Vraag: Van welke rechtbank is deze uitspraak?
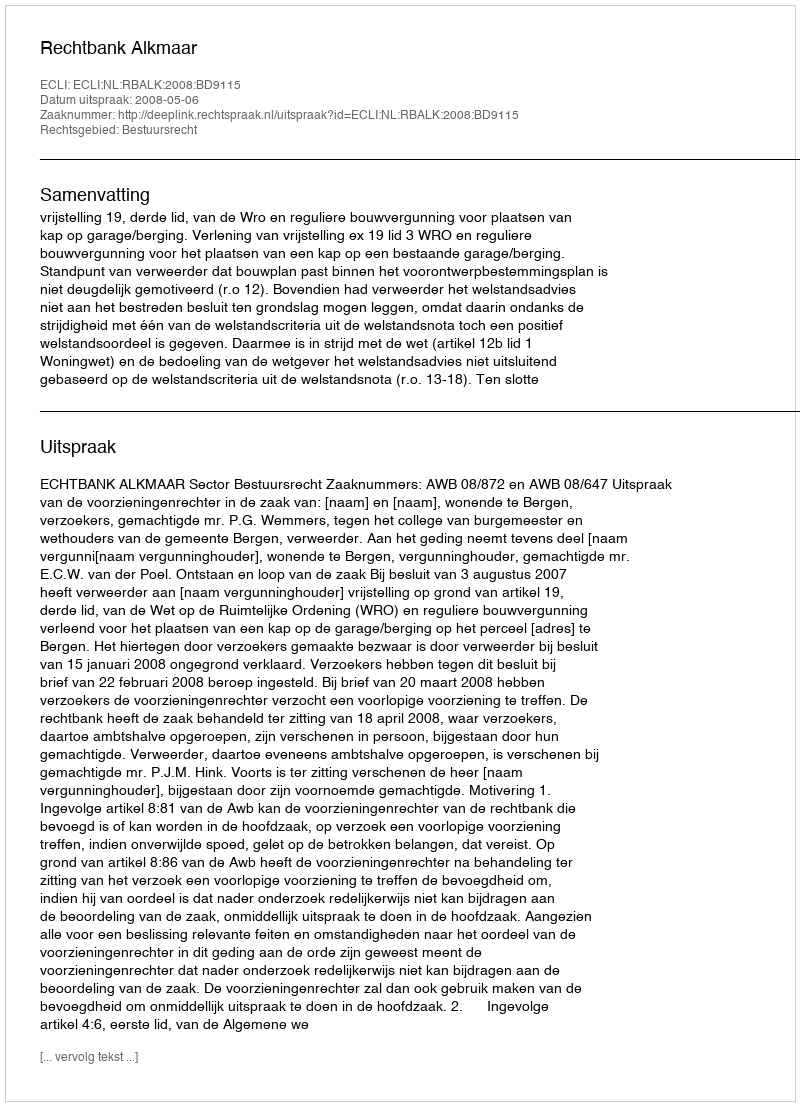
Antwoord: Rechtbank Alkmaar